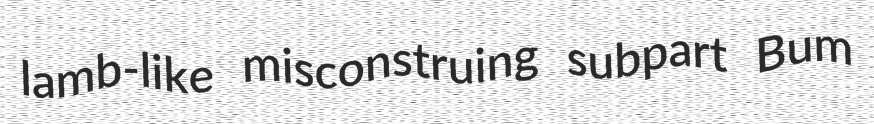
lamb-like misconstruing subpart Bum